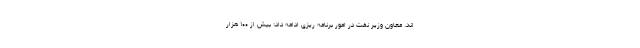
اند. معاون وزیر نفت در امور برنامه ریزی ادامه داد: بیش از ۱۰۰ هزار